Vital statistics of India. Vol. IV, Annual returns from 1871 to 1876. British Army of India, Native Army and jails of Bengal
Year: 1871
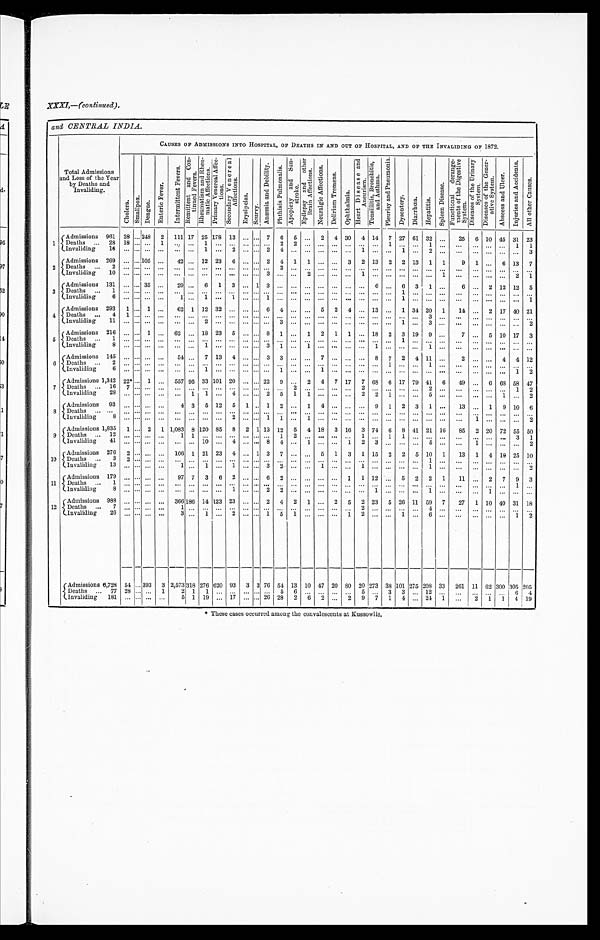
XXXI.—(continued).
and CENTRAL INDIA.
Total Admissions
and Loss of the Year
by Deaths and
Invaliding.
CAUSES OF ADMISSIONS INTO HOSPITAL, OF DEATHS IN AND OUT OF HOSPITAL, AND OF THE INVALIDING OF 1872.
C h o l e r a .
S m a l l p o x .
D e n g u e .
E n t e r i c F e v e r .
I n t e r m i t t e n t F e v e r s .
R e m i t t e n t a n d C o n t i n u e d F e v e r s .
R h e u m a t i s m a n d R h e u m a t i c A f f e c t i o n s .
P r i m a r y V e n e r a l A f f e c t i o n s . S e c o n d a r y V e n e r a l A f f e c t i o n s .
E r y s i p e l a s .
S c u r v y .
A n æ m i a a n d D e b i l i t y . P h t h i s i s P u l m o n a l i s . A p o p l e x y a n d S u n - s t r o k e . E p i l e p s y a n d o t h e r B r a i n A f f e c t i o n s .
N e u r a l g i c A f f e c t i o n s .
D e l i r i u m T r e m e n s .
O p h t h a l m i a .
H e a r t D i s e a s e a n d A n e u r i s m .
T o n s i l l i t i s , B r o n c h i t i s , a n d A s t h m a .
P l e u r i s y a n d P n e u m o n i a .
D y s e n t r y .
D i a r r h œ a . H e p a t i t i s .
S p l e e n D i s e a s e .
F u n c t i o n a l d e r a n g e m e n t s o f t h e D i g e s t i v e S y s t e m .
D i s e a s e s o f t h e U r i n a r y S y s t e m . D i s e a s e s o f t h e G e n e r a t i v e S y s t e m .
A b s c e s s a n d U l c e r .
I n j u r i e s a n d A c c i d e n t s .
A l l o t h e r C a u s e s .
1 Admissions 961 28
. . .
248 2 111 17 25 178 13 ... ... 7 6 5 ... 2 4 30 4 14 7 27 61 32
. . .
25 6 10 45 31 23
D e a t h s
2 8 1 8 . . . . . .
1
. . . . . . 1 ...
. . . . . . . . . . . . 2 2
. . . . . . . . . . . . . . . . . . 1 . . . . . .
1 ...
. . . . . . . . .
...
1 1
I n v a l i d i n g
1 6 . . . . . . . . .
. . .
. . . . . . 1 ...
2 . . . . . . 2
4 ...
. . . . . . . . . . . . 1 . . . . . . 1
. . .
2 . . .
. . . . . . . . .
...
. . . 3
2 Admissions 269 ... ... 105 ...
42 ... 12 23 6 ... ... 2 4 1 1 ... ... 3 2 13 2 2 13 1 1
9 1
. . .
6 13 7
Deaths
2 . . . . . . . . .
. . .
. . . . . . . . .
...
. . . . . . . . . . . . 2 ...
. . . . . . . . . . . . . . . . . . . . . . . . . . .
. . . . . .
. . . . . . . . . ... . . . . . .
Invaliding
1 0 . . . . . . . . .
. . .
. . . . . . . . .
...
. . . . . . . . . 3
. . . ...
2 . . . . . . . . . 1 . . . . . . . . . . .
. . . 1
. . . . . . . . . ... 2 1
3
Admissions 131 ... ... 35 ...
29 ... 6 1 3 ... 1 3 ... ... ... ...
. . . ... ... 6 ...
6 3 1 ...
6 ... 2 12 12 5
Deaths
1 . . . . . . . . .
. . .
. . . . . . . . . . . . . . . . . . . . . . . . . . .
...
. . . . . . . . . . . . . . . ...
. . . 1
. . .
. . . . . .
. . . . . . . . .
...
. . . . . .
Invaliding
6 ... ... ... . . .
1 . . . 1
. . . 1 . . . . . . 1
. . .
...
. . . . . . . . . . . . . . . . . . . . . 1
. . .
. . . . . .
. . . . . . . . .
...
. . . 1
4
Admissions 293 1 ... 1 ...
62 1 12 32 ... ... ... 6 4 ... ... 5 2 4 ... 13 ... 1 34 20 1
14
. . . 2 17 40 21
Deaths
4 1 . . . . . .
. . .
. . . . . . . . .
...
. . . . . . . . . . . . . . .
...
. . . . . . . . . . . . . . . . . . . . . . . . . . .
3 . . .
. . . ...
. . .
...
. . . . . .
Invaliding
1 1 . . . . . . . . .
. . .
. . . . . . 2 ...
. . . . . . . . . . . . 3 ...
. . . . . . . . . . . . . . . . . . . . . 1
. . .
3 . . .
. . . . . . . . .
...
. . . 2
5 Admissions 216 ... ... 1 ... 62 ... 18 23 5 ... ... 8 1 ... 1 2 1 1 ... 18 2 3 19 9 ...
7 ... 5 10 17 3
Deaths
1 . . . . . . . . .
. . .
. . . . . . . . .
...
. . . . . . . . . . . . . . .
...
. . . . . . . . . . . . . . . . . . . . . 1
. . .
. . . . . .
. . . . . . . . .
...
. . . . . .
Invaliding
8 . . . . . . . . .
. . .
. . . . . . 1 ...
. . . . . . . . . 3
1 ...
1 . . . . . . . . . . . . 1
. . . . . . . . .
1 . . .
. . . . . . . . .
...
. . . . . .
6
Admissions 145 ... ... ... ...
54 ... 7 13 4 ... ... 3 3 ... ... 7 ... ... ... 8 7
2 4 11 ...
2 ...
. . .
4 4 12
Deaths
2 . . . . . . . . .
. . .
. . . . . . . . .
...
. . . . . . . . . . . . . . .
...
. . . . . . ...
. . . . . . . . . 1 . . . . . .
1 . . .
. . . . . . ... ... . . . . . .
Invaliding
6 . . . . . . . . .
. . .
. . . . . . 1 ...
. . . . . . . . . . . . 1 ...
. . . 1 . . . . . . . . . . . . . . . . . . . . .
. . . . . .
. . . . . . . . . ... 1 2
7
Admissions 1,342
2 2 * ... 1 ... 557 95 33 101 20 ... ... 22 9 ... 2 4 7 17 7 68 6 17 79 41 6
49 ... 6 68 58 47
Deaths
1 6 7 . . . . . .
. . .
. . . . . . . . .
...
. . . . . . . . . . . . . . .
2
. . . . . . . . . . . . 2 . . . . . . . . . . . .
2 . . .
. . . . . . . . .
...
1 2
Invaliding
28
. . . ... ... ... ... 1 1 ... 4 ... ... 2 5 1 1 ... ... ... 2 2 1 ... ... 5 ... ... ... ... 1 ... 2
8
Admissions 93 ... ... . . . . . .
4 3 5 12 5 1 . . . 1 2 ... 1 4 ... ... ... 9 1 2 3 1 ...
13 ... 1 9 10 6
Deaths
. . . . . . . . . . . .
. . .
. . . . . . . . .
...
. . . . . . . . . . . . . . .
...
. . . . . . . . . . . . . . . . . . . . . . . . . . .
. . . . . .
. . . . . . . . . ... . . . . . .
Invaliding
8 . . . . . . . . .
. . .
. . . . . . . . .
...
2 . . . . . . 1
1 ...
1 . . . . . . . . . . . . . . . . . . . . . . . .
. . . . . .
. . . 1
. . . ... . . . 2
9
Admissions 1,835 1 ... 2 1 1,083 8 120 85 8 2 1 13 12 5 4 18 3 16 3 74 6 8 41 21 16
85 2 20 72 55 50
Deaths
12
. . . ... . . . ...
1 1
. . .
...
. . . . . . . . . . . . 1 2
. . . . . . . . . . . . 1 . . . 1 1
. . .
. . . . . .
. . . . . . . . .
...
3 1
Invaliding
41
. . . . . . . . .
. . .
. . . . . . 1 0
...
4 . . . . . . 8
4 ...
1 . . . . . . 1
2 3
. . . . . . . . .
5 . . .
. . . 1
. . .
...
. . . 2
10
Admissions 276 2 ... ... ... 106 1 21 23 4 ... 1 3 7 ...
. . . 5 1 3 1 15 2 2 5 10 1
13 1 4
10
2 5 1 0
Deaths
3 2 . . . . . .
. . .
. . . . . . . .
...
. . . . . . . . . . . . . . . ... ...
. . . . . . . . . . . . . . . . . . . . . . . .
1 . . .
. . . . . . . . . ...
. . .
. . .
Invaliding
13
. . . ... . . . ...
1 . . . 1 ...
1 . . . . . . 3
2 ...
. . . 1 . . . . . . 1 . . . . . . . . . . . .
1 . . .
. . . . . . . . .
...
. . . 2
11
Admissions 179
. . . ... . . .
. . . 97 7 3 6 2 ... ... 6 2 ...
. . . ...
. . . 1
1 12
. . . 5 2 2 1
11
. . . 2 7 9
3
D e a t h s
1 . . . . . . . . .
. . .
. . . . . . . . . . . . . . . . . . . . . . . . ... ...
... ... ... ... ...
. . .
... ...
. . . . . .
. . .
. . . ...
. . . ... 1 . . .
Invaliding
8 . . . . . . . . .
. . .
. . . . . . . . . . . . 1 . . . . . . 2
2 ...
. . . . . . . . . . . . . . . 1
. . . . . . . . .
1 . . .
. . . . . . 1 ... . . . . . .
12
Admissions 988
. . . . . . ...
. . . 366 186 14 123 23 ... ... 2 4 2 1
. . . 2 5 2 23 5 26 11 59 7
27 1 10 40 31
1 8
Deaths
7
. . . ... ... ...
1 . . . . . .
...
. . . . . . . . . . . . . . . ...
. . . ...
. . . . . . 2 . . . . . . . . . . . .
4 . . .
. . . . . . . . .
...
. . . . . .
Invaliding
26
. . . ... ...
. . .
3 ... 1 ... 2 ... ... 1 5 1
. . .
. . . . . .
1 2
. . . . . .
1
. . .
6 . . .
. . . . . . . . .
...
1 2
Admissions 6,728 54 ... 393 3 2,573 318 276 620 93 3 3 76 54 13 10 47 20
8 0 20 273 38 101 275 208 33 261 11 62 300 305 205
D
e a t h s 77 28 ... ... 1
2 1 1 ... ... ... ... ... 5 6 ... ... ... ... 5 ... 3 3 ... 12 ... ... ... ... ... I 6 4
Invaliding 181 ... ... ... ...
5 1 19 ... 17 ... ... 26 28 2 6 2 ... 2 9 7 1 4 ... 24 1 ...
2 1
1 4 19
* These cases occurred among the convalescents at Kussowlie.